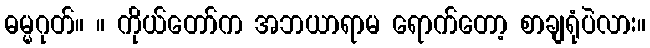
ဓမ္မဂုတ်။ ။ ကိုယ်တော်က အဘယာရာမ ရောက်တော့ စာချရုံပဲလား။